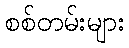
စစ်တမ်းများ